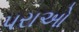
પરાઓ